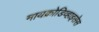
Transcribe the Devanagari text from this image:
मायक्रोडिव्हाइसेस